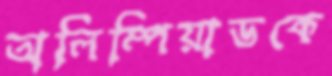
অলিম্পিয়াডকে